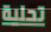
تحلية